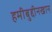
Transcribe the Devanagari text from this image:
हमीबुद्दीनखान